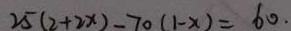
2 5 ( 2 + 2 x ) - 7 0 ( 1 - x ) = 6 0 .